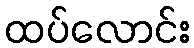
ထပ်လောင်း